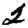
Digit: 2